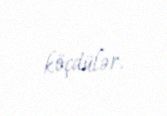
köçdülər.